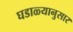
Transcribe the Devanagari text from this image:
घडाळ्यानुसार